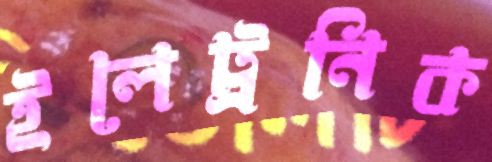
ইলেট্রনিক